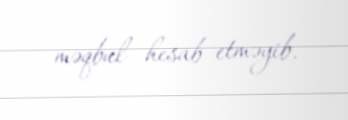
məqbul hesab etməyib.